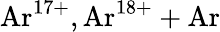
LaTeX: \mathrm{Ar^{17+},Ar^{18+}+Ar}